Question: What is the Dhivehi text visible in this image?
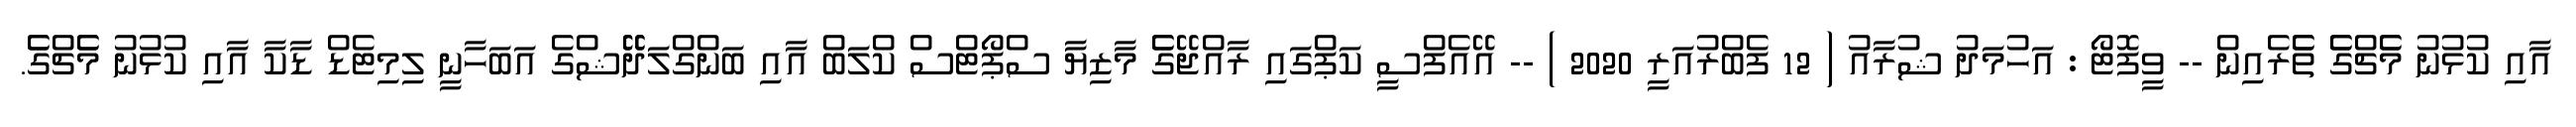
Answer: އާއި ކުޅުނު މެެޗްގެެ ތެެރެއިން -- ވީފޮޓޯ : އަހުމަދު ޝުރާއު ( 12 ފެބްރުއަރީ 2020 ) -- އޭއެފްސީ ކަޕްގައި ރާއްޖޭގެެ މާޒިޔާ ސްޕޯޓްސް ކްލަބް އާއި ބަންގްލަދޭޭޝްގެ އަބަހާނީ ލިމިޓެޑް ޑާކާ އާއި ކުޅުނު މެެޗްގެެ.